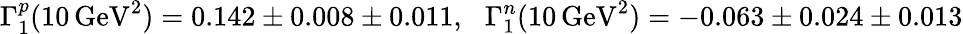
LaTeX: \Gamma_{1}^{p}(10\, \mathrm{{GeV}}^{2})=0.142\pm 0.008\pm 0.011,\: \: \: \Gamma_{1}^{n}(10\, {\mathrm{GeV}}^{2})=-0.063\pm 0.024\pm 0.013